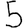
Digit: 5